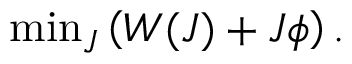
\mathrm { m i n } _ { J } \left( W ( J ) + J \phi \right) .